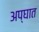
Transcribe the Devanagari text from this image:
अप्घात